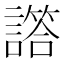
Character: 譗